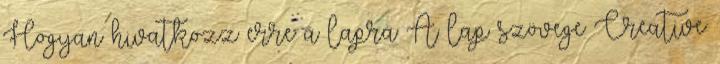
Hogyan hivatkozz erre a lapra A lap szövege Creative